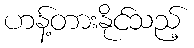
ဟန့်တားနိုင်သည့်